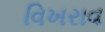
વિખરાવ